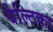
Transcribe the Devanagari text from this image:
बैल्टिका